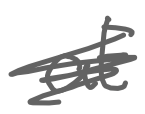
Text: at
Cross-out: scratch
Writing tool: digital_gray